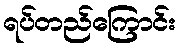
ရပ်တည်ကြောင်း